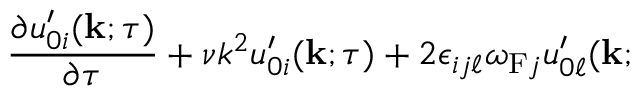
\begin{array} { r l r } { \lefteqn { \frac { \partial u _ { 0 i } ^ { \prime } ( { \bf { k } } ; \tau ) } { \partial \tau } + \nu k ^ { 2 } u _ { 0 i } ^ { \prime } ( { \bf { k } } ; \tau ) + 2 \epsilon _ { i j \ell } \omega _ { \mathrm { { F } } j } u _ { 0 \ell } ^ { \prime } ( { \bf { k } } ; \tau ) } } \end{array}